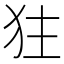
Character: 㹥